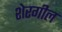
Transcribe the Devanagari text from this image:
शेरगील